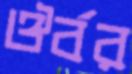
ঔর্বর